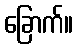
ခြောက်။